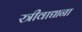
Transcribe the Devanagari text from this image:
स्त्रीवाद्याना